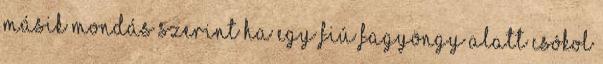
másik mondás szerint ha egy fiú fagyöngy alatt csókol